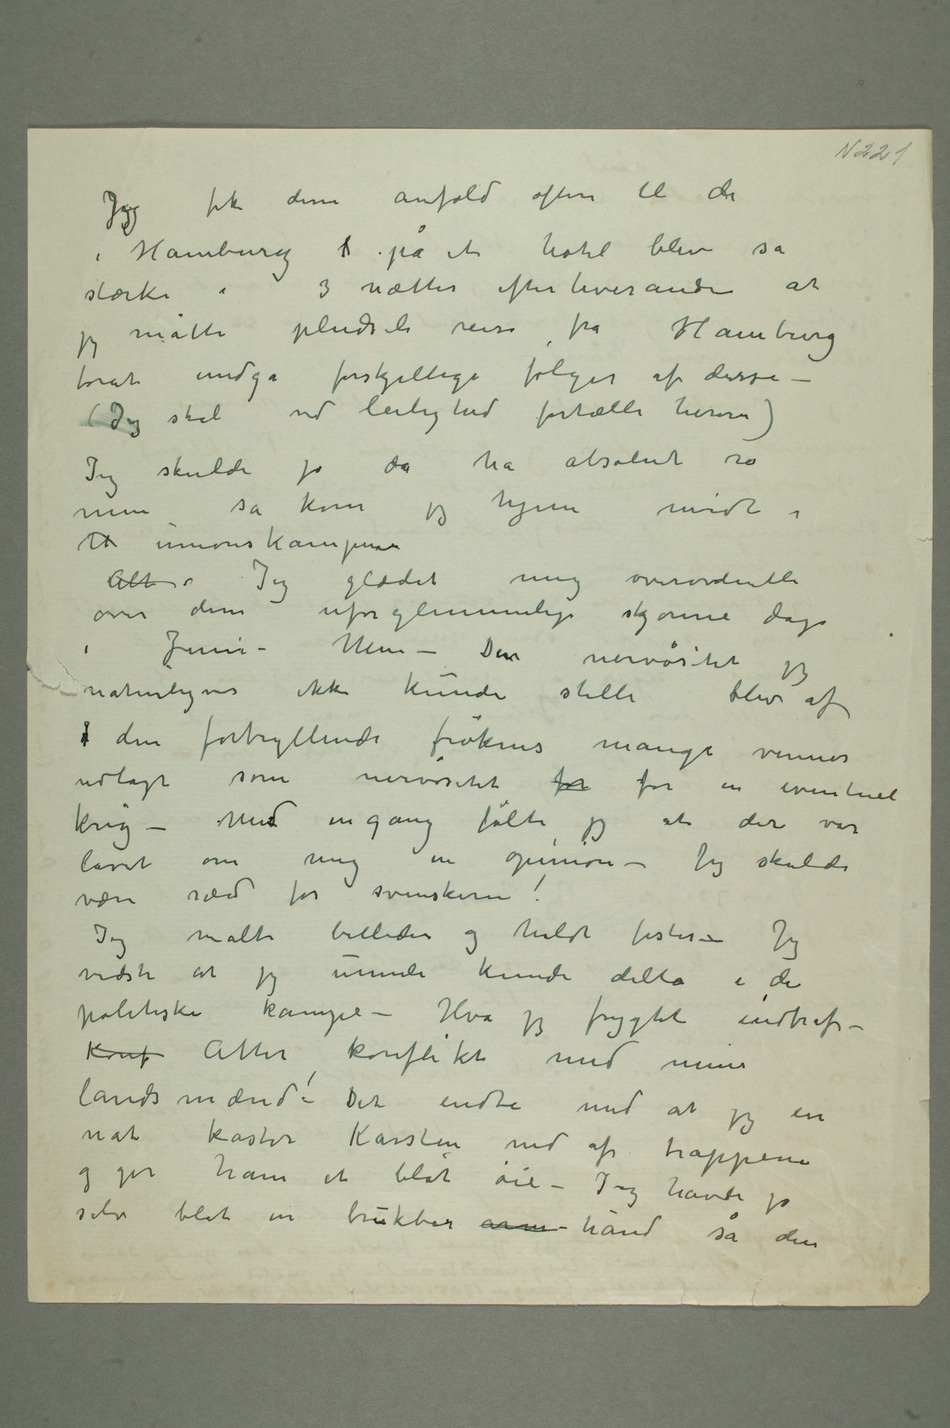
JegJeg fik disse anfald oftere til de
i Hamburg ipå et hotel blev så
stærke i 3 nætter efter hverandre at
jeg måtte pludseli reise fra Hamburg
forat undgå forskjellige følger af  disse –
(Jeg skal ved leilighed fortælle herom)
Jeg skulle jo da ha absolut ro
så kom jeg hjem midt i
U unionskampene
Alts Jeg glædet mig overordentli
over disse uforglemmelige skjønne dage
i Juni – Men – Den nervøsitet jeg
naturligvis ikke kunde stilleblev af
den fortryllende frøkens mange venner
udlagt som nervøsitet for for en eventuel
krig – Mend en gang følte jeg at der var
lavet om mig en opinion – Jeg skulde
Jeg malte billeder og holdt fester – Jeg
vidste at jeg umuli kunde delta i de
politiske kampe – Hva jeg frygtet indtraf –
Konf Atter konflikt med mine
landsmænd! Det endte med at jeg en
nat kaster Karsten ned af trappene
og gir ham et blåt øie – Jeg havde jo
selv blot en brukbar arm hånd så den